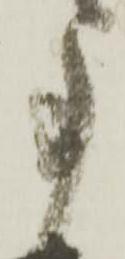
事